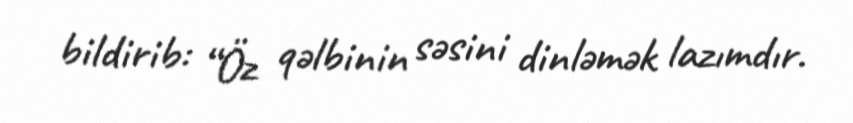
bildirib: “Öz qəlbinin səsini dinləmək lazımdır.